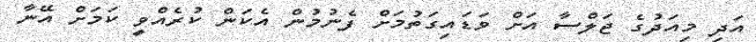
އަދި މިއަދުގެ ޖަލްސާ އަށް ވަޑައިގަތުމަށް ފެނުމުން އެކަން ކުރެއްވީ ކަމަށް އޭނާ